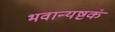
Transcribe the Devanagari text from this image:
भवान्यष्टकं